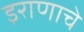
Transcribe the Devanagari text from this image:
इराणाचे